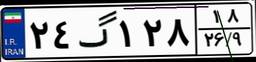
۰۷گ۱۵۷۵۵